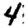
Digit: 4